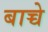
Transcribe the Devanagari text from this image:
बाच्चे